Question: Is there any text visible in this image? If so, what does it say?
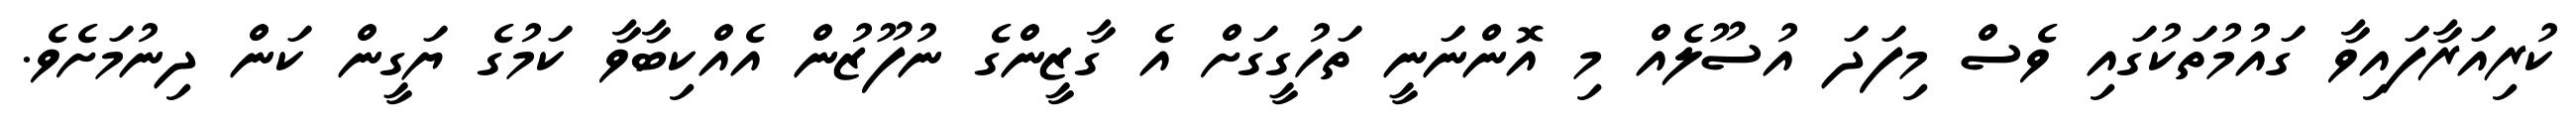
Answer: ކުރިއަރާފައިވާ ގައުމުތަކުގައި ވެސް މިފަދަ އުސޫލެއް މި އޮންނަނީ ތަހުގީގަށް އެ ގާޒީންގެ ނުފޫޒުން އެއްކިބާވާ ކަމުގެ ޔަގީން ކަން ދިނުމަށެވެ.